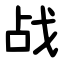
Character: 战